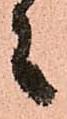
々